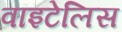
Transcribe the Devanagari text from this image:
वाइटेलिस